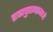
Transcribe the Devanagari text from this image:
ब्रह्मपुराणामध्ये